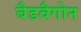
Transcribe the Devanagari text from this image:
बैडवैगोन